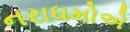
નરાધમોએ